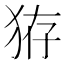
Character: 𤞐